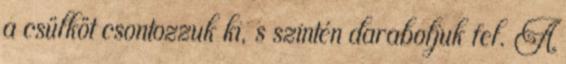
a csülköt csontozzuk ki, s szintén daraboljuk fel. A